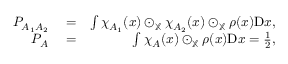
\begin{array} { r l r } { P _ { A _ { 1 } A _ { 2 } } } & { { } = } & { \int \chi _ { A _ { 1 } } ( x ) \odot _ { \mathbb { X } } \chi _ { A _ { 2 } } ( x ) \odot _ { \mathbb { X } } \rho ( x ) \mathrm { D } x , } \\ { P _ { A } } & { { } = } & { \int \chi _ { A } ( x ) \odot _ { \mathbb { X } } \rho ( x ) \mathrm { D } x = \frac { 1 } { 2 } , } \end{array}